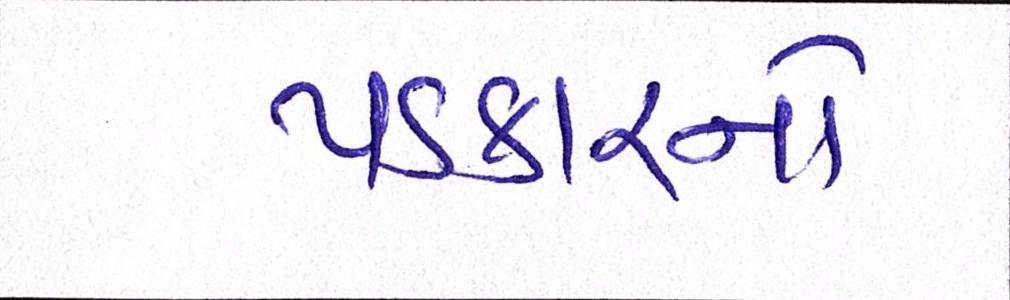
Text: પડકારનો